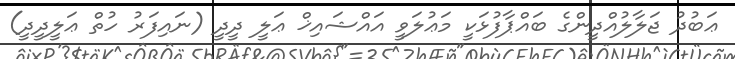
ޢަބުދު ޖަލާލުއްދީންގެ ބައްޕާފުޅަކީ މަޢުލަވީ އައްޝައިޚް ޢަލީ ދީދީ (ނައިފަރު ހުތް ޢަލީދީދީ)